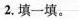
2.填一填